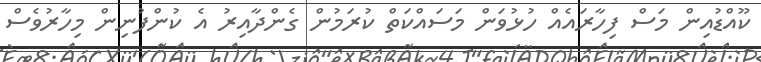
ކޫއްޑުއިން މަސް ފިހާރައެއް ހުޅުވަން މަސައްކަތް ކުރަމުން ގެންދާއިރު އެ ކުންފުނިން މިހާރުވެސް